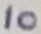
Text: 10